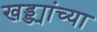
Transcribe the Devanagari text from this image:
खड्ड्यांच्या